Tartu_linnavalitsus, lk 12
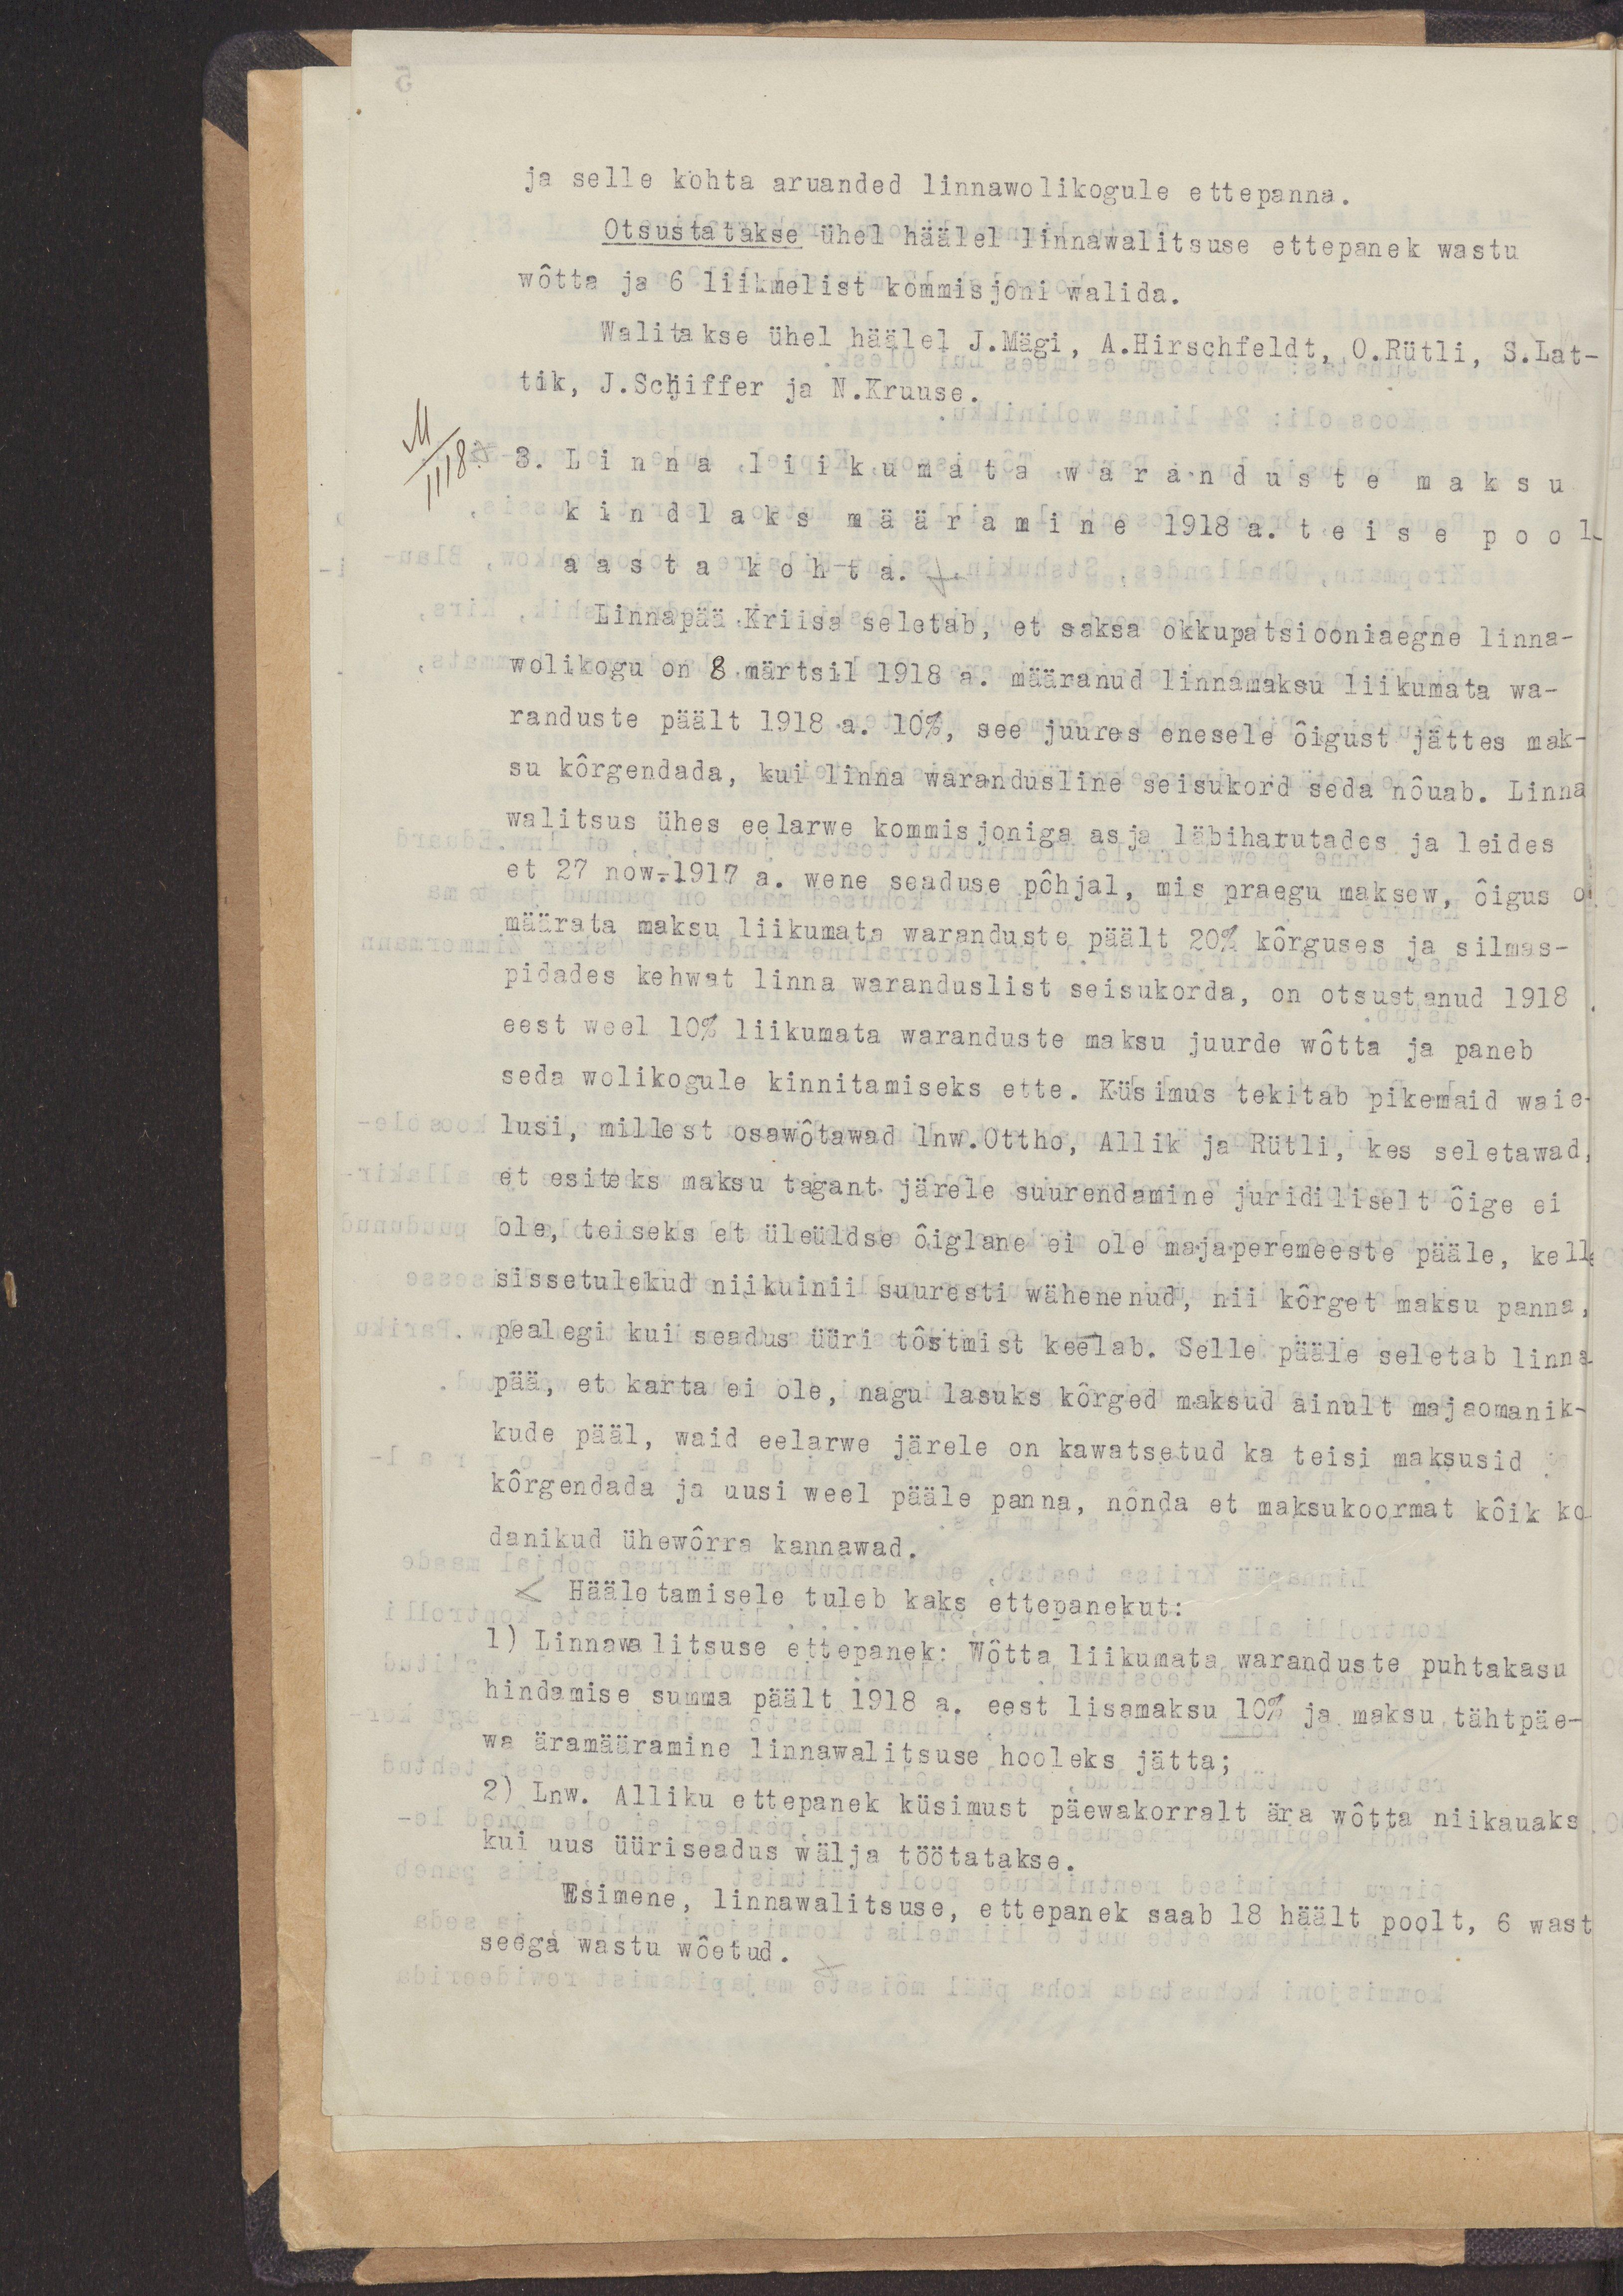
ja selle kohta aruanded linnawolikogule ettepanna.
Otsustatakse ühel häälel linnawalitsuse ettepanek wastu
wõtta ja 6 liikmelist kommisjoni walida.
Walitakse ühel häälel J.Mägi, A.Hirschfeldt, O.Rütli, S.Lat-
tik, J.Schiffer ja N.Kruuse.
3. Linna liikumata waranduste maksu
kindlaks määramine 1918 a. teise pool-
aasta kohta.
Linnapää Kriisa seleteb, et saksa okkupatsiooniaegne linna-
wolikogu on 8.märtsil 1918 a. määranud linnamaksu liikumata wa-
randuste päält 1918 a. 10%, see juures enesele õigust jättes mak-
su kõrgendada, kui linna warandusline seisukord seda nõuab. Linna
walitsus ühes eelarwe kommisjoniga asja läbiharutades ja leides
et 27 now.1917 a. wene seaduse põhjal, mis praegu maksew, õigus on
määrata maksu liikumata waranduste päält 20% kõrguses ja silmas-
pidades kehwat linna waranduslist seisukorda, on otsustanud 1918
eest weel 10% liikumata waranduste maksu juurde wõtta ja paneb
seda wolikogule kinnitamiseks ette. Küsimus tekitab pikemaid waie-
lusi, millest osawõtawad lnw.Ottho, Allik ja Rütli, kes seletawad,
et esiteks maksu tagant järele suurendamine juridiliselt õige ei
ole, teiseks et üleüldse õiglane ei ole majaperemeeste pääle, kelle
sissetulekud niikuinii suuresti wähenenud, nii kõrget maksu panna,
pealegi kui seadus üüri tõstmist keelab. Selle pääle seletab linna
pää, et karta ei ole, nagu lasuks kõrged maksud ainult majaomanik-
kude pääl, waid eelarwe järele on kawatsetud ka teisi maksusid
kõrgendada ja uusi weel pääle panna, nõnda et maksukoormat kõik ko-
danikud ühewõrra kannawad.
Hääletamisele tuleb kaks ettepanekut:
1) Linnawalitsuse ettepanek: Wõtta liikumata waranduste puhtakasu
hindamise summa päält 1918 a. eest lisamaksu 10% ja mansu tähtpäe-
wa äramääramine linnawalitsuse hooleks jätta;
2) Lnw. Alliku ettepanek küsimust päewakorralt ära wõtta niikauaks
kui uus üüriseadus wälja töötatakse.
Esimene, linnawalitsuse, ettepanek saab 18 häält poolt, 6 wast
seega wastu wõetud.